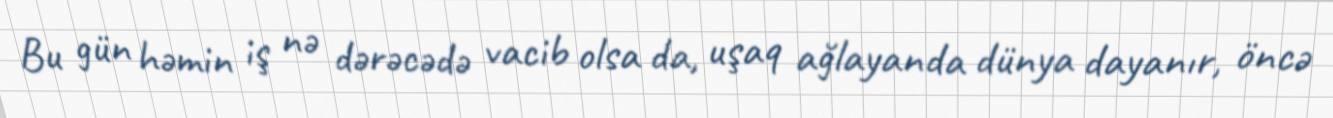
Bu gün həmin iş nə dərəcədə vacib olsa da, uşaq ağlayanda dünya dayanır, öncə